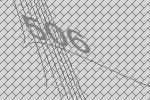
506